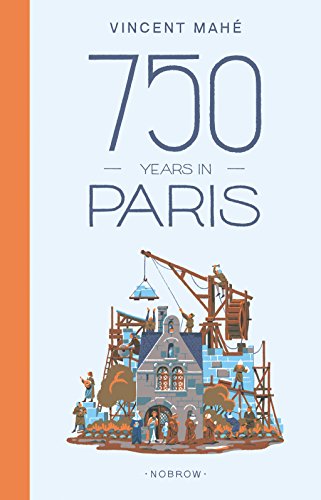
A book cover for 750 Years in Paris; Comics & Graphic Novels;